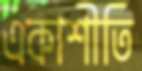
একাশীতি